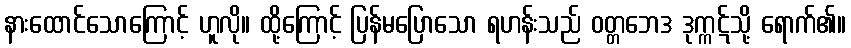
နားထောင်သောကြောင့် ဟူလို။ ထို့ကြောင့် ပြန်မပြောသော ရဟန်းသည် ဝတ္တဘေဒ ဒုက္ကဋ်သို့ ရောက်၏။